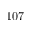
1 0 7 \times